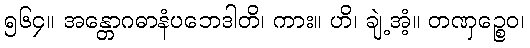
၅၆၄။ အန္တောဂဓာနံပဘေဒါတိ၊ ကား။ ဟိ၊ ချဲ့အံ့။ တဏှဉ္စေဝ၊